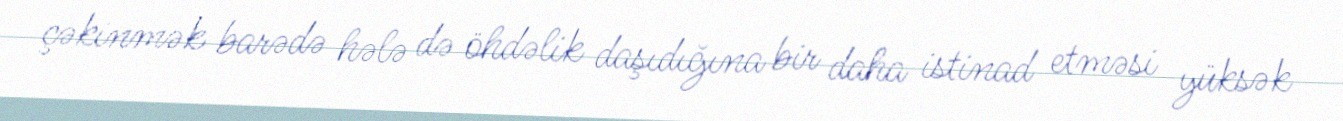
çəkinmək barədə hələ də öhdəlik daşıdığına bir daha istinad etməsi yüksək